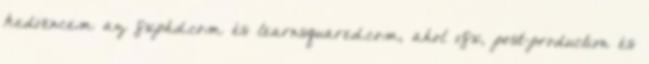
kedvencem az fxphd.com és learnsquared.com, ahol vfx, post-production és